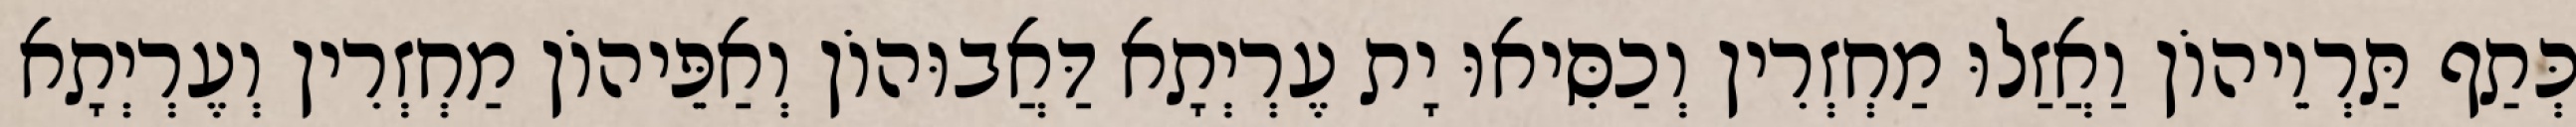
כְּתַף תַּרְוֵיהוֹן וַאֲזַלוּ מַחְזְרִין וְכַסִּיאוּ יָת עֶרְיְתָא דַּאֲבוּהוֹן וְאַפֵּיהוֹן מַחְזְרִין וְעֶרְיְתָא